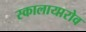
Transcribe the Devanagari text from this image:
स्कालायारोव